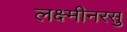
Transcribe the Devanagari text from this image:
लक्ष्मीनरसु